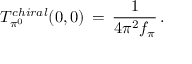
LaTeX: T _ { \pi ^ { 0 } } ^ { c h i r a l } ( 0 , 0 ) \, = \, \frac { 1 } { 4 \pi ^ { 2 } f _ { \pi } } \, .